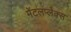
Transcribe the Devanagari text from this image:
मेंटलप्लेक्स